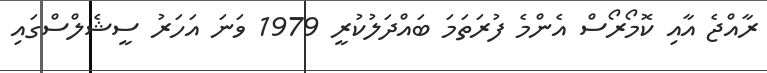
ރާއްޖެ އާއި ކޮމޯރޯސް އެންމެ ފުރަތަމަ ބައްދަލުކުރީ 1979 ވަނަ އަހަރު ސީޝެލްސްގައި